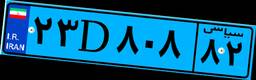
۲۳D۸۰۸۸۲